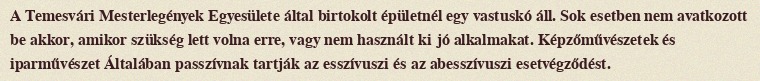
A Temesvári Mesterlegények Egyesülete által birtokolt épületnél egy vastuskó áll. Sok esetben nem avatkozott be akkor, amikor szükség lett volna erre, vagy nem használt ki jó alkalmakat. Képzőművészetek és iparművészet Általában passzívnak tartják az esszívuszi és az abesszívuszi esetvégződést.